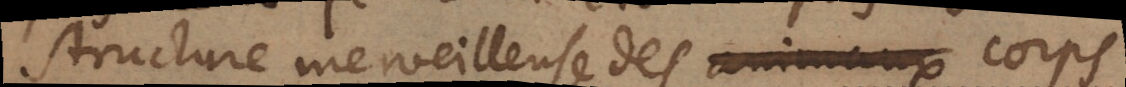
structure merveilleuse des animaux corps